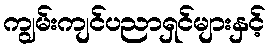
ကျွမ်းကျင်ပညာရှင်များနှင့်